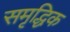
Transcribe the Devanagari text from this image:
समृद्धिक